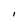
Character: I